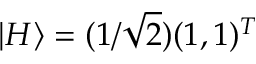
| H \rangle = ( 1 / \sqrt { 2 } ) ( 1 , 1 ) ^ { T }